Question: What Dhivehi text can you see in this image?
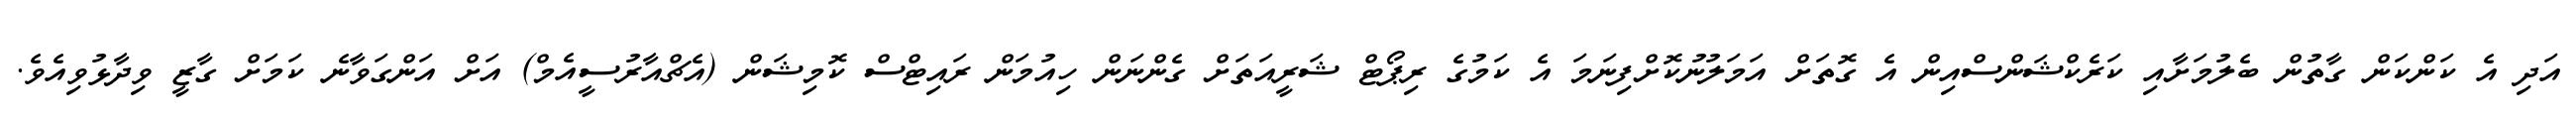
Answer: އަދި އެ ކަންކަން ގާތުން ބެލުމަށާއި ކަރެކްޝަންސްއިން އެ ގޮތަށް އަމަލުނުކޮށްފިނަމަ އެ ކަމުގެ ރިޕޯޓް ޝަރީއަތަށް ގެންނަން ހިއުމަން ރައިޓްސް ކޮމިޝަން (އެޗްއާރުސީއެމް) އަށް އަންގަވާނެ ކަމަށް ގާޒީ ވިދާޅުވިއެވެ.